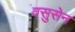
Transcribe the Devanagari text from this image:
वसुसेन